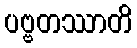
ပဗ္ဗတဿာတိ